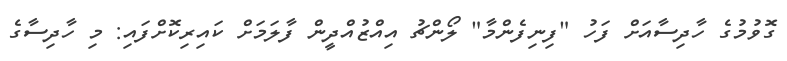
ގޮވުމުގެ ހާދިސާއަށް ފަހު "ފިނިފެންމާ" ލޯންޗު އިއްޒުއްދީން ފާލަމަށް ކައިރިކޮށްފައި: މި ހާދިސާގެ